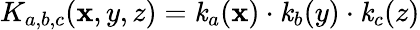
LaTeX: K_{a,b,c}(\mathbf{x},y,z)=\mathit{k}_{a}(\mathbf{x})\cdot\mathit{k}_{b}(y)\cdot\mathit{k}_{c}(z)